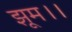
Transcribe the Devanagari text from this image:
झूम।।